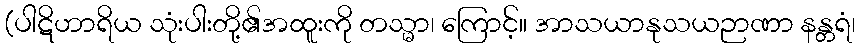
(ပါဋိဟာရိယ သုံးပါးတို့၏အထူးကို တသ္မာ၊ ကြောင့်။ အာသယာနုသယဉာဏာ နန္တရံ၊